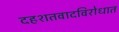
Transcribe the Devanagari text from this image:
दहशतवादविरोधात